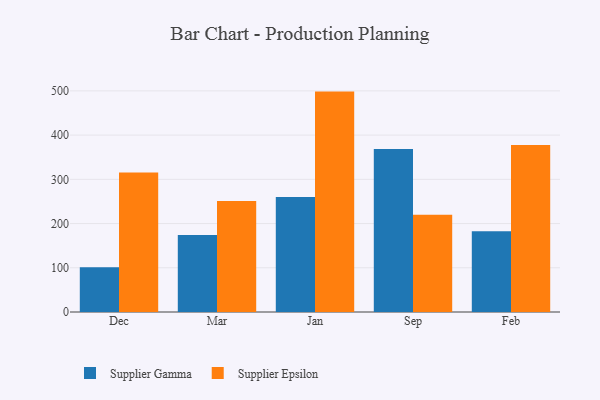
{"axis": {"x": "Month", "y": "Temperature (°C)"}, "legend": ["Supplier Epsilon", "Supplier Gamma"], "data": [{"x": "Dec", "y": 101.2, "type": "Supplier Gamma"}, {"x": "Dec", "y": 315.4, "type": "Supplier Epsilon"}, {"x": "Mar", "y": 174.4, "type": "Supplier Gamma"}, {"x": "Mar", "y": 250.9, "type": "Supplier Epsilon"}, {"x": "Jan", "y": 259.8, "type": "Supplier Gamma"}, {"x": "Jan", "y": 498.4, "type": "Supplier Epsilon"}, {"x": "Sep", "y": 368.6, "type": "Supplier Gamma"}, {"x": "Sep", "y": 220.0, "type": "Supplier Epsilon"}, {"x": "Feb", "y": 182.8, "type": "Supplier Gamma"}, {"x": "Feb", "y": 377.5, "type": "Supplier Epsilon"}]}